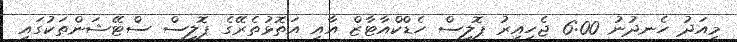
މިއަދު ހެނދުނު 6:00 ޖެހިއިރު ޕޮލިސް ހެޑްކްއާޓާޒް އާއި އަތޮޅުތެރޭގެ ޕޮލިސް ސްޓޭޝަންތަކުގައި